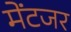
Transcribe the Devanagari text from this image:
मेंटजर